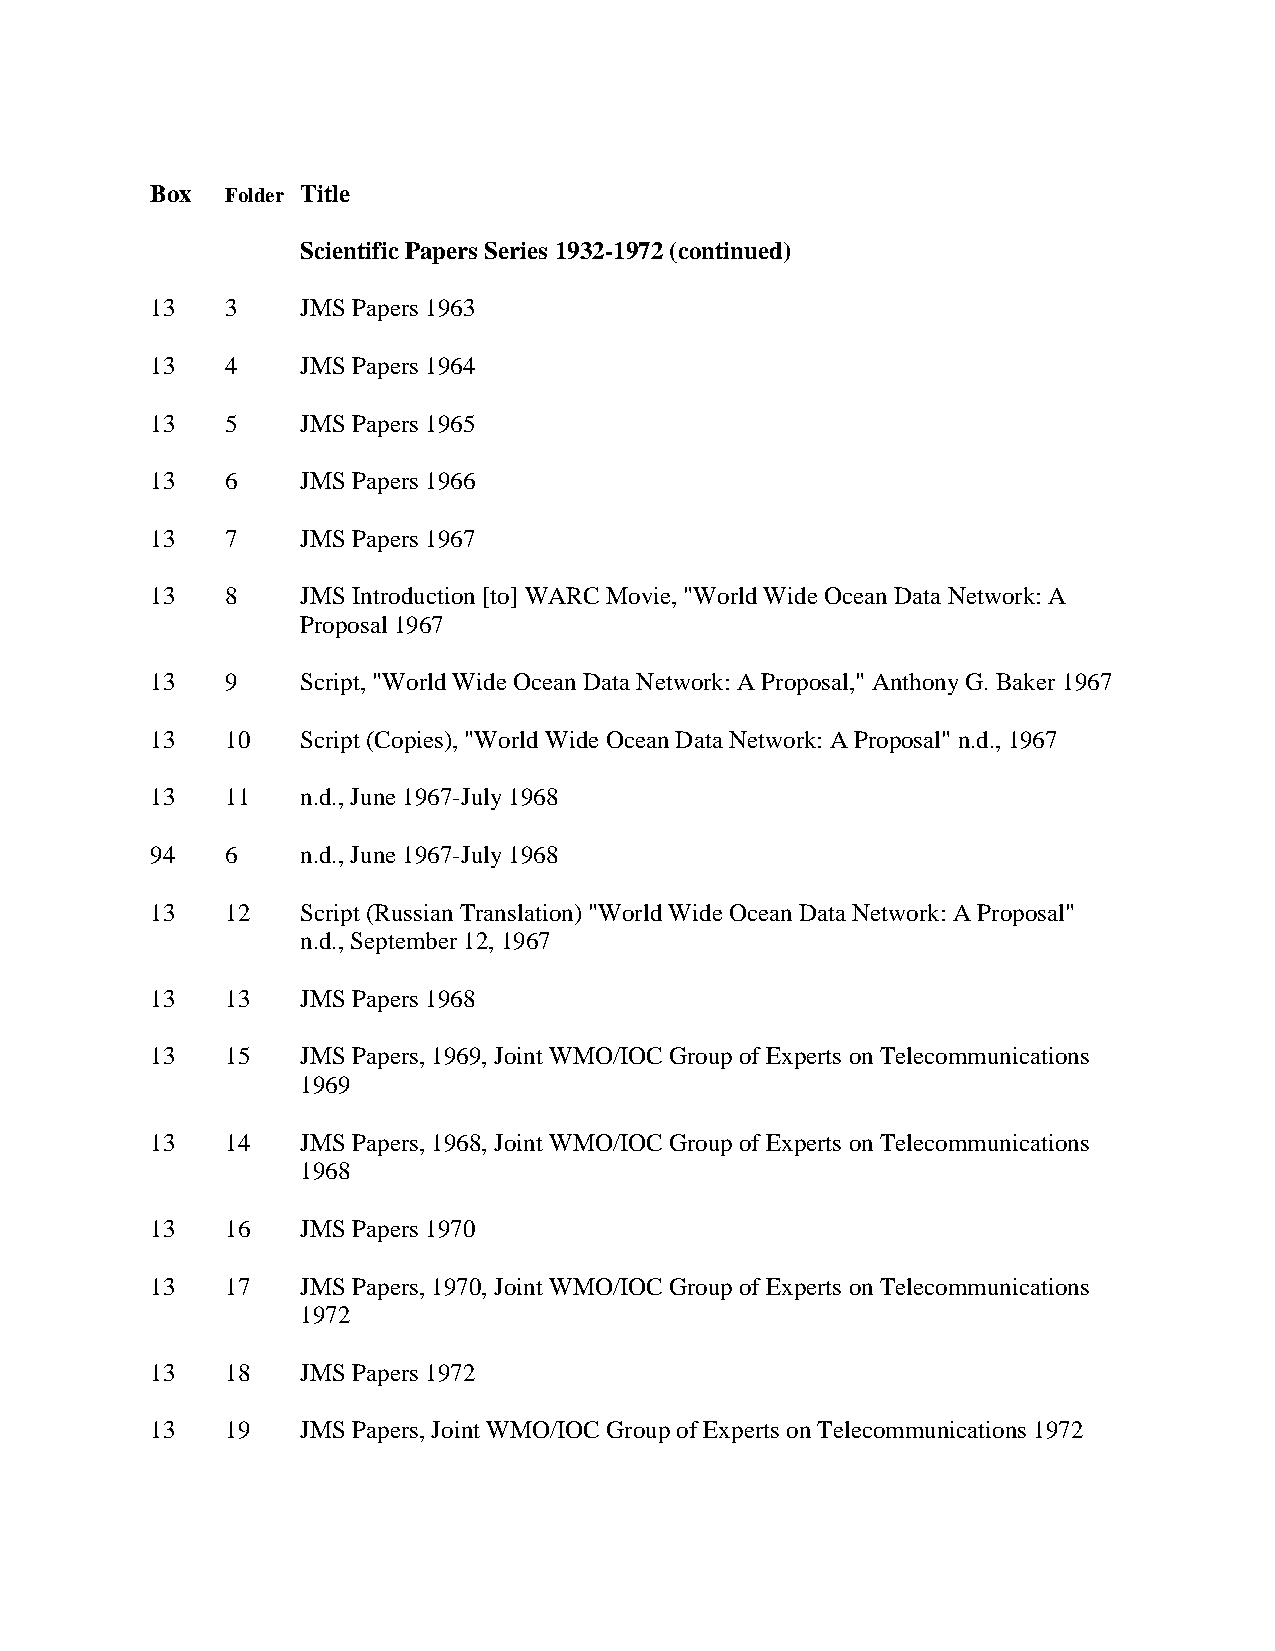
Box  Folder Title
 Scientific Papers Series 1932-1972 (continued)
 13   3    JMS Papers 1963
 13   4    JMS Papers 1964
 13   5    JMS Papers 1965
 13   6    JMS Papers 1966
 13   7    JMS Papers 1967
 13   8    JMS Introduction [to] WARC Movie, "World Wide Ocean Data Network: A
 Proposal 1967
 13   9    Script, "World Wide Ocean Data Network: A Proposal," Anthony G. Baker 1967
 13   10   Script (Copies), "World Wide Ocean Data Network: A Proposal" n.d., 1967
 13   11   n.d., June 1967-July 1968
 94   6    n.d., June 1967-July 1968
 13   12   Script (Russian Translation) "World Wide Ocean Data Network: A Proposal"
 n.d., September 12, 1967
 13   13   JMS Papers 1968
 13   15   JMS Papers, 1969, Joint WMO/IOC Group of Experts on Telecommunications
 1969
 13   14   JMS Papers, 1968, Joint WMO/IOC Group of Experts on Telecommunications
 1968
 13   16   JMS Papers 1970
 13   17   JMS Papers, 1970, Joint WMO/IOC Group of Experts on Telecommunications
 1972
 13   18   JMS Papers 1972
 13   19   JMS Papers, Joint WMO/IOC Group of Experts on Telecommunications 1972